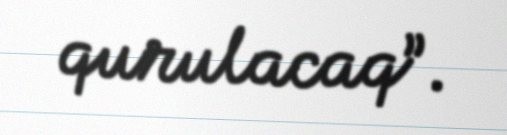
qurulacaq”.